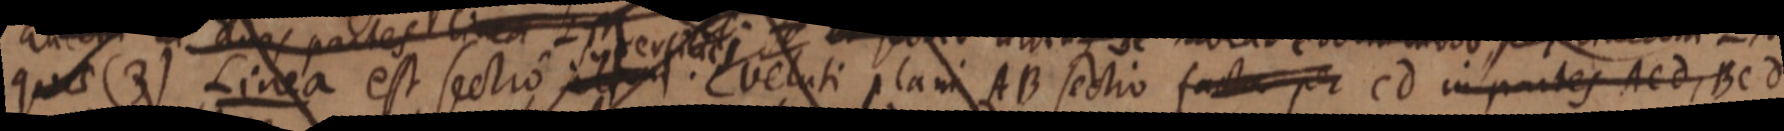
qua (3) Linea est sectio. velati plani AB sectio facta per cd in partes ACd, Bcd